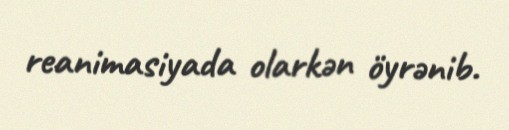
reanimasiyada olarkən öyrənib.